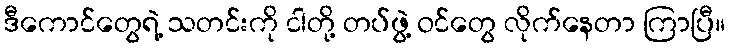
ဒီကောင်တွေရဲ့ သတင်းကို ငါတို့ တပ်ဖွဲ့ ဝင်တွေ လိုက်နေတာ ကြာပြီ။